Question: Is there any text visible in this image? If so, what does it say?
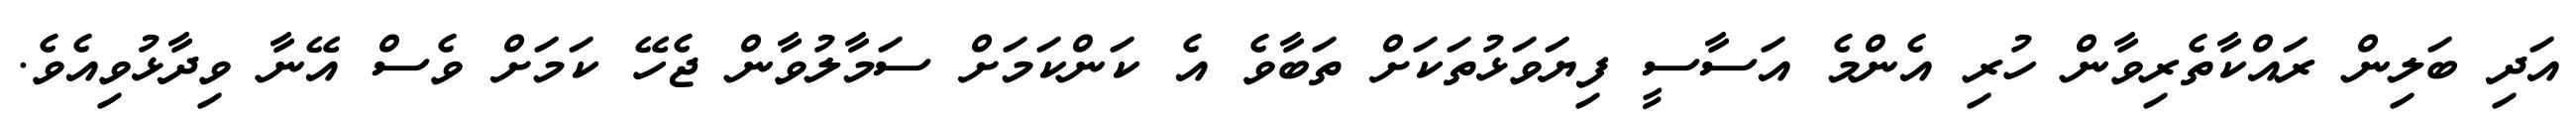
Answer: އަދި ބަލިން ރައްކާތެރިވާން ހުރި އެންމެ އަސާސީ ފިޔަވަޅުތަކަށް ތަބާވެ އެ ކަންކަމަށް ސަމާލުވާން ޖެހޭ ކަމަށް ވެސް އޭނާ ވިދާޅުވިއެވެ.